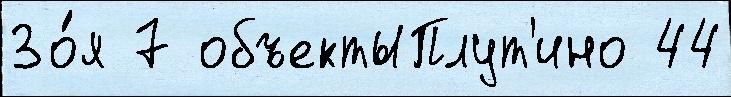
Зо́я 7 объектыПлут'ино 44